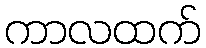
ကာလထက်